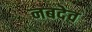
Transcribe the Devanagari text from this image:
नबदेव